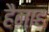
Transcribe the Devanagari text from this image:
हैनाह